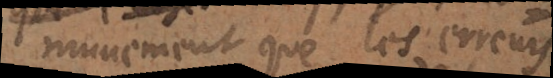
munement que les erreurs